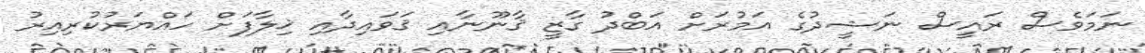
ނަމަވެސް ރައީސް ނަޝީދުގެ އަމުރަށް އަބްދު ގާޒީ ޤާނޫނާއި ޤަވައިދާއި ޚިލާފަށް ހައްޔަރުކުރިއިރު